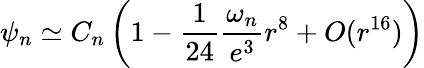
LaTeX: \psi_{n}\simeq C_{n}\left(1-\frac{1}{24}\frac{\omega_{n}}{e^{3}}r^{8}+O(r^{16})\right)